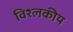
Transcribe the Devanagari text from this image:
विश्लकीय